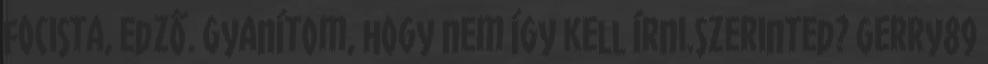
focista, edző. Gyanítom, hogy nem így kell írni.Szerinted? Gerry89